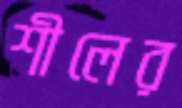
শীলের